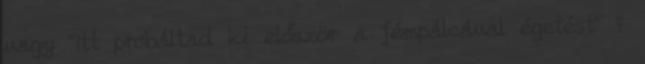
vagy "Itt próbáltad ki először a fémpálcával égetést" ?